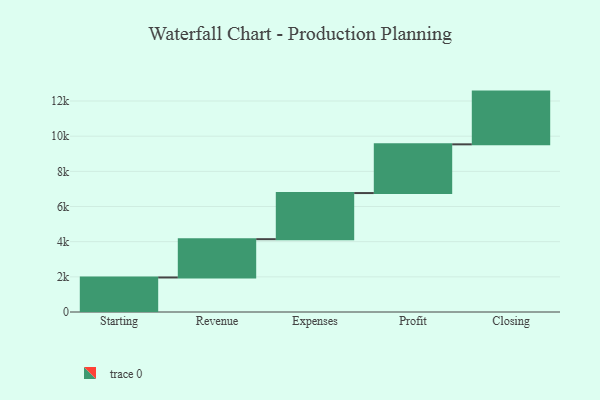
{"axis": {"x": "Step", "y": "Value"}, "legend": [""], "data": [{"x": "Starting", "y": 1964.0, "type": ""}, {"x": "Revenue", "y": 2178.0, "type": ""}, {"x": "Expenses", "y": 2623.0, "type": ""}, {"x": "Profit", "y": 2771.0, "type": ""}, {"x": "Closing", "y": 3000, "type": ""}]}